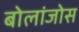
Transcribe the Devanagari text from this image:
बोलांजोस